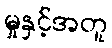
မှုနှင့်အတူ